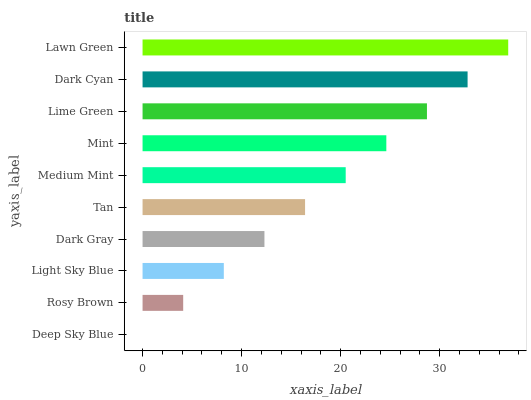
| yaxis_label | bars |
 | --- | --- |
 | Deep Sky Blue | 0 |
 | Rosy Brown | 4.1 |
 | Light Sky Blue | 8.2 |
 | Dark Gray | 12.3 |
 | Tan | 16.4 |
 | Medium Mint | 20.5 |
 | Mint | 24.6 |
 | Lime Green | 28.7 |
 | Dark Cyan | 32.8 |
 | Lawn Green | 36.9 |